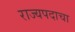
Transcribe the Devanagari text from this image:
राज्यपदाचा